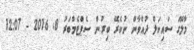
މާލޭގަ ސައިކަލް ދުއްވާން ނުކެރޭ ބިރުން ސެޕްޓެމްބަރު 8